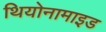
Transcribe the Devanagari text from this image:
थियोनामाइड